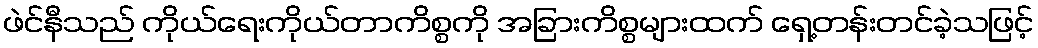
ဖဲင်နီသည် ကိုယ်ရေးကိုယ်တာကိစ္စကို အခြားကိစ္စများထက် ရှေ့တန်းတင်ခဲ့သဖြင့်